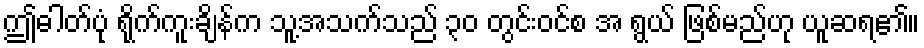
ဤဓါတ်ပုံ ရိုက်ကူးချိန်က သူ့အသက်သည် ၃၀ တွင်းဝင်စ အ ရွယ် ဖြစ်မည်ဟု ယူဆရ၏။